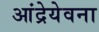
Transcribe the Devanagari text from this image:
आंद्रेयेवना